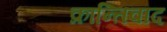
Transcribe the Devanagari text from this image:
क्रान्तिवाद